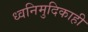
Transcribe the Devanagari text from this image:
ध्वनिमुदिकाही